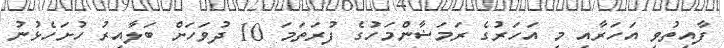
ފާއިތުވި އަހަރާއި މި އަހަރުގެ ރަމަޟާންމަހުގެ ފުރަތަމަ 10 ދުވަހަށް ބަލާއިރު ހުށަހެޅުނު